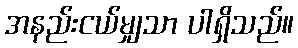
အနည်းငယ်မျှသာ ပါရှိသည်။